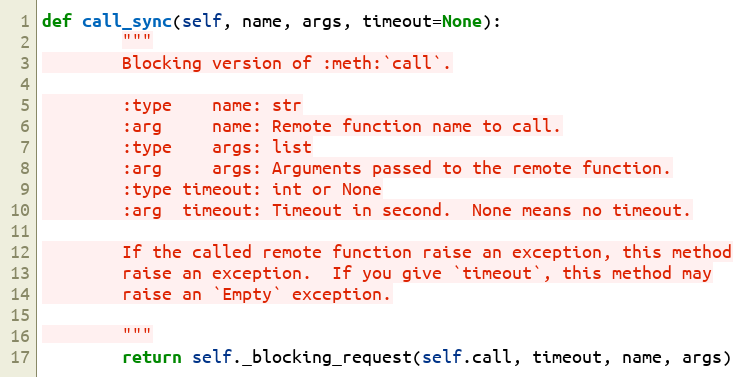
Language: Python
def call_sync(self, name, args, timeout=None):
        """
        Blocking version of :meth:`call`.

        :type    name: str
        :arg     name: Remote function name to call.
        :type    args: list
        :arg     args: Arguments passed to the remote function.
        :type timeout: int or None
        :arg  timeout: Timeout in second.  None means no timeout.

        If the called remote function raise an exception, this method
        raise an exception.  If you give `timeout`, this method may
        raise an `Empty` exception.

        """
        return self._blocking_request(self.call, timeout, name, args)